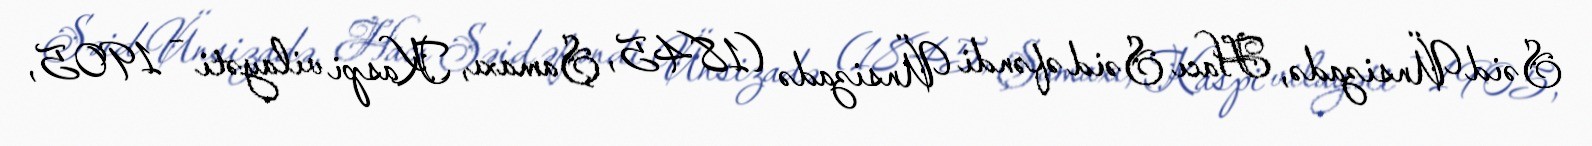
Səid Ünsizadə, Hacı Səid əfəndi Ünsizadə (1845, Şamaxı, Kaspi vilayəti – 1905,